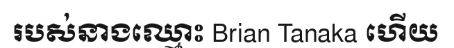
របស់នាងឈ្មោះ Brian Tanaka ហើយ